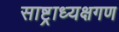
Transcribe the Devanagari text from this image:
साष्ट्राध्यक्षगण